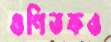
গুণিতকও